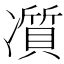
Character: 𠘖